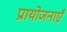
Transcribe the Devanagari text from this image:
प्रायोजनाएँ